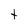
Character: t